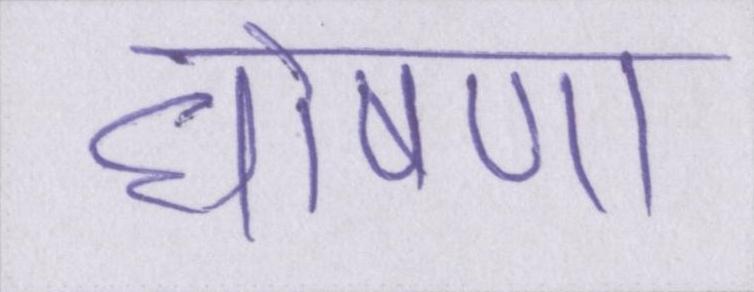
घोषणा